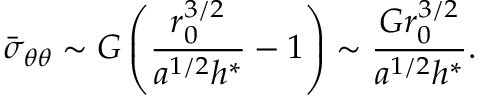
\bar { \sigma } _ { \theta \theta } \sim G \left( \frac { r _ { 0 } ^ { 3 / 2 } } { a ^ { 1 / 2 } h ^ { * } } - 1 \right) \sim \frac { G r _ { 0 } ^ { 3 / 2 } } { a ^ { 1 / 2 } h ^ { * } } .